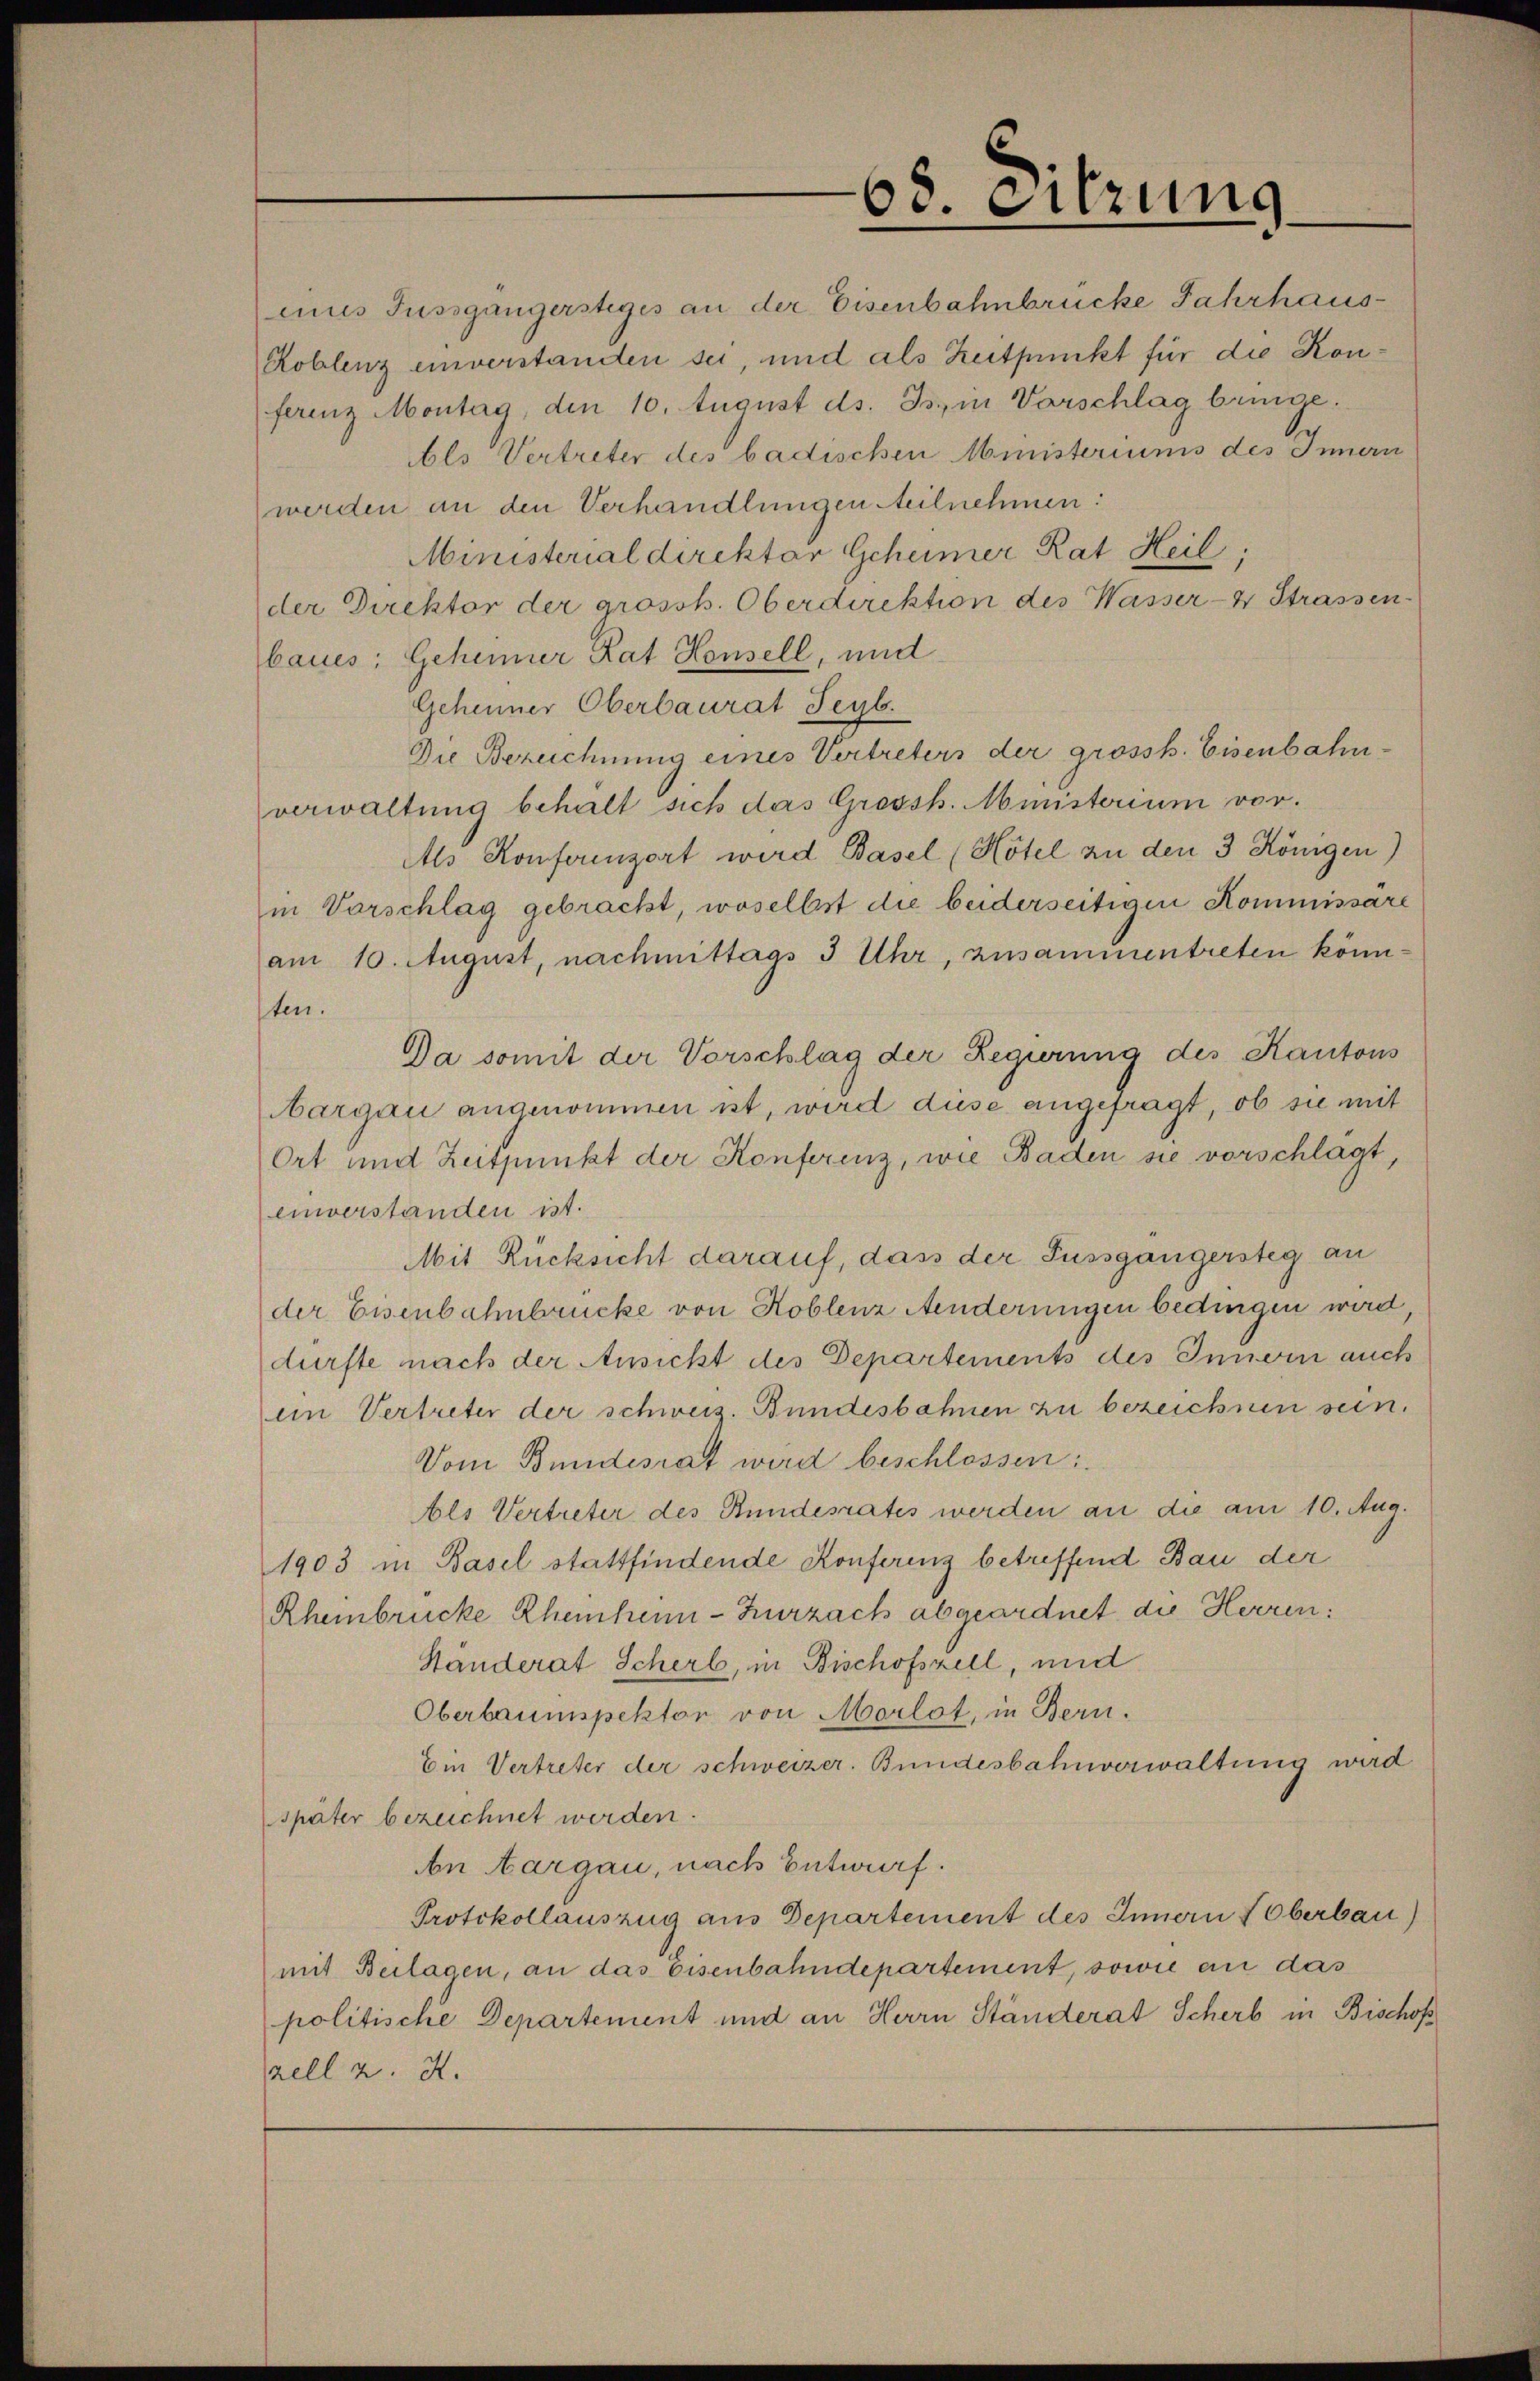
68. Sitzung

eines Fussgängersteges an der Eisenbahnbrücke Jahrhaus¬
Roblenz einverstanden sei, und als Zeitpunkt für die Konferenz Montag, den 10. August ds. Js., in Vorschlag bringe.
bls Vertreter des badischen Ministeriums des Innern
werden an den Verhandlungen Steilnehmen:
Ministerial direktor Geheimer Rat Heil:
der Direktor der grossb. Oberdirektion des Wasser- & Strassen
baues: Geheimer Rat Housell, und
Geheimer Oberbaurat Seyb.
Die Bezeichnung eines Vertreters der grossb. Eisenbahnverwaltung behalt sich das Grossh. Ministerium vor.
Als Konferenzort wird Basel (Hotel zu den 3 Königen)
in Vorschlag gebracht, woselbst die beiderseitigen Kommissare
am 10. August, nachmittags 3 Uhr, zusammentreten könnten.
Da somit der Vorschlag der Regierung des Kantons
bargau angenommen ist, wird diese angefragt, ob sie mit
Ort und Zeitpunkt der Konferenz, wie Baden sie vorschlägt,
einverständen ist.
Mit Rücksicht darauf, dass der Fussgängersteg an
der Eisenbahnbrücke von Hoblenz Aenderungen bedingen wird,
dürfte nach der Ansicht des Departements des Innern auch
im Vertreter der schweiz. Bundesbahnen zu bezeichnen sein.
Vom Bundesrat wird beschlossen:
Als Vertreter des Bundesrates werden an die am 10. Aug.
1903 in Basel stattfindende Konfering betreffend Bau der
Rheinbrücke Rheinheim - Zurzach abgeordnet, die Herren:
Ständerat Scherb, in Bischofszell, und
Oberbaumspektor von Morlot, in Bern.
Ein Vertreter der schweizer. Bundesbahnverwaltung wird
später bezeichnet werden.
An argau, nach Entwurf.
Protokollauszug aus Departement des Innern Oberbau)
mit Beilagen, an das Eisenbahndepartement, sowie an das
politische Departement und an Herrn Ständerat Scherb in Bischoß
pell z. Z.